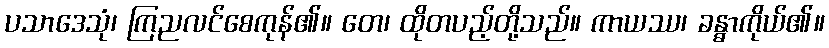
ပသာဒေသုံ၊ ကြညလင်စေကုန်၏။ တေ၊ ထိုတပည့်တို့သည်။ ကာယဿ၊ ခန္ဓာကိုယ်၏။